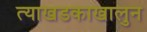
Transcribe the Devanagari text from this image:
त्याखडकाखालुन